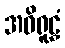
အဝိရူဠှံ